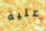
عليه